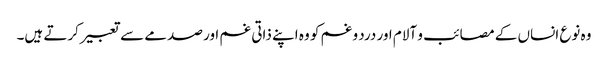
وہ نوع انساں کے مصائب و آلام اور درد و غم کو وہ اپنے ذاتی غم اور صدمے سے تعبیر کرتے ہیں۔